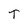
Character: T